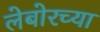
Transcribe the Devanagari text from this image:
लेबोरच्या